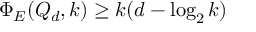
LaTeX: \Phi _ { E } ( Q _ { d } , k ) \geq k ( d - \log _ { 2 } k )